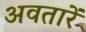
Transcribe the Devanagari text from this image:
अवतारें